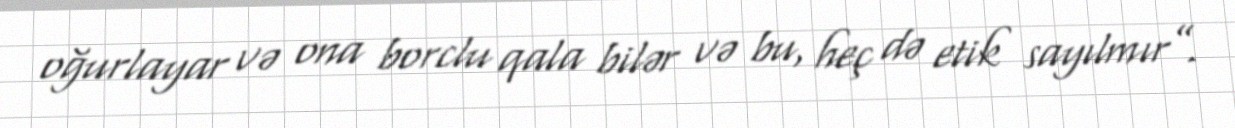
oğurlayar və ona borclu qala bilər və bu, heç də etik sayılmır”.